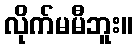
လိုက်မမီဘူး။